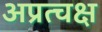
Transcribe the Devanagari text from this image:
अप्रत्चक्ष